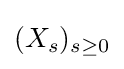
(X_{s})_{s\geq 0}